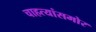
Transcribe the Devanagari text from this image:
चाहत्यांसमोर